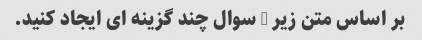
بر اساس متن زیر 3 سوال چند گزینه ای ایجاد کنید.